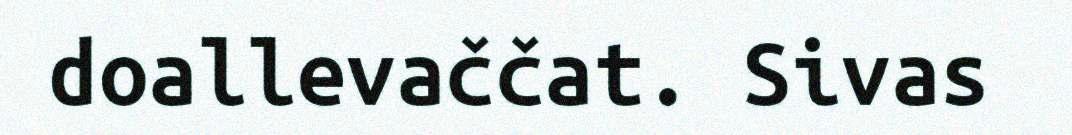
doallevaččat. Sivas